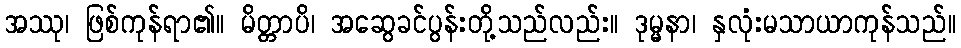
အဿု၊ ဖြစ်ကုန်ရာ၏။ မိတ္တာပိ၊ အဆွေခင်ပွန်းတို့သည်လည်း။ ဒုမ္မနာ၊ နှလုံးမသာယာကုန်သည်။